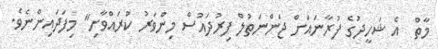
މާތް  އެ ޝަހީދުގެ ފުރާނައަށް ޖަންނަތުލް ފިރުދައުސް މިންވަރު ކުރައްވާށި" މިފަދައިންނެވެ.